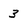
Character: 3